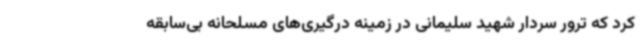
کرد که ترور سردار شهید سلیمانی در زمینه درگیری‌های مسلحانه بی‌سابقه